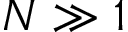
N \gg 1